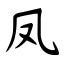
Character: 凤